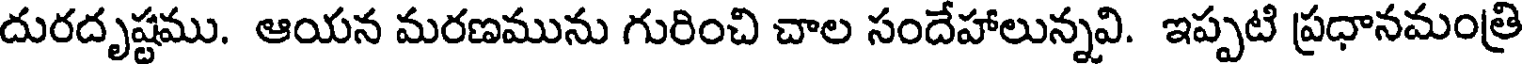
దురదృష్టము. ఆయన మరణమును గురించి చాల సందేహాలున్నవి. ఇప్పటి ప్రధానమంత్రి